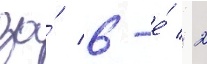
за́ 6-е́ / 2